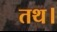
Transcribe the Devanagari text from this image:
तथ।